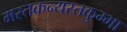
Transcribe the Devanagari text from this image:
मस्तकन्यस्तकुम्भा